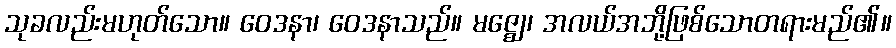
သုခလည်းမဟုတ်သော။ ဝေဒနာ၊ ဝေဒနာသည်။ မဇ္ဈေ၊ အလယ်အဘို့ဖြစ်သောတရားမည်၏။